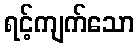
ရင့်ကျက်သော